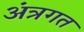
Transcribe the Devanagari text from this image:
अंत्रगत